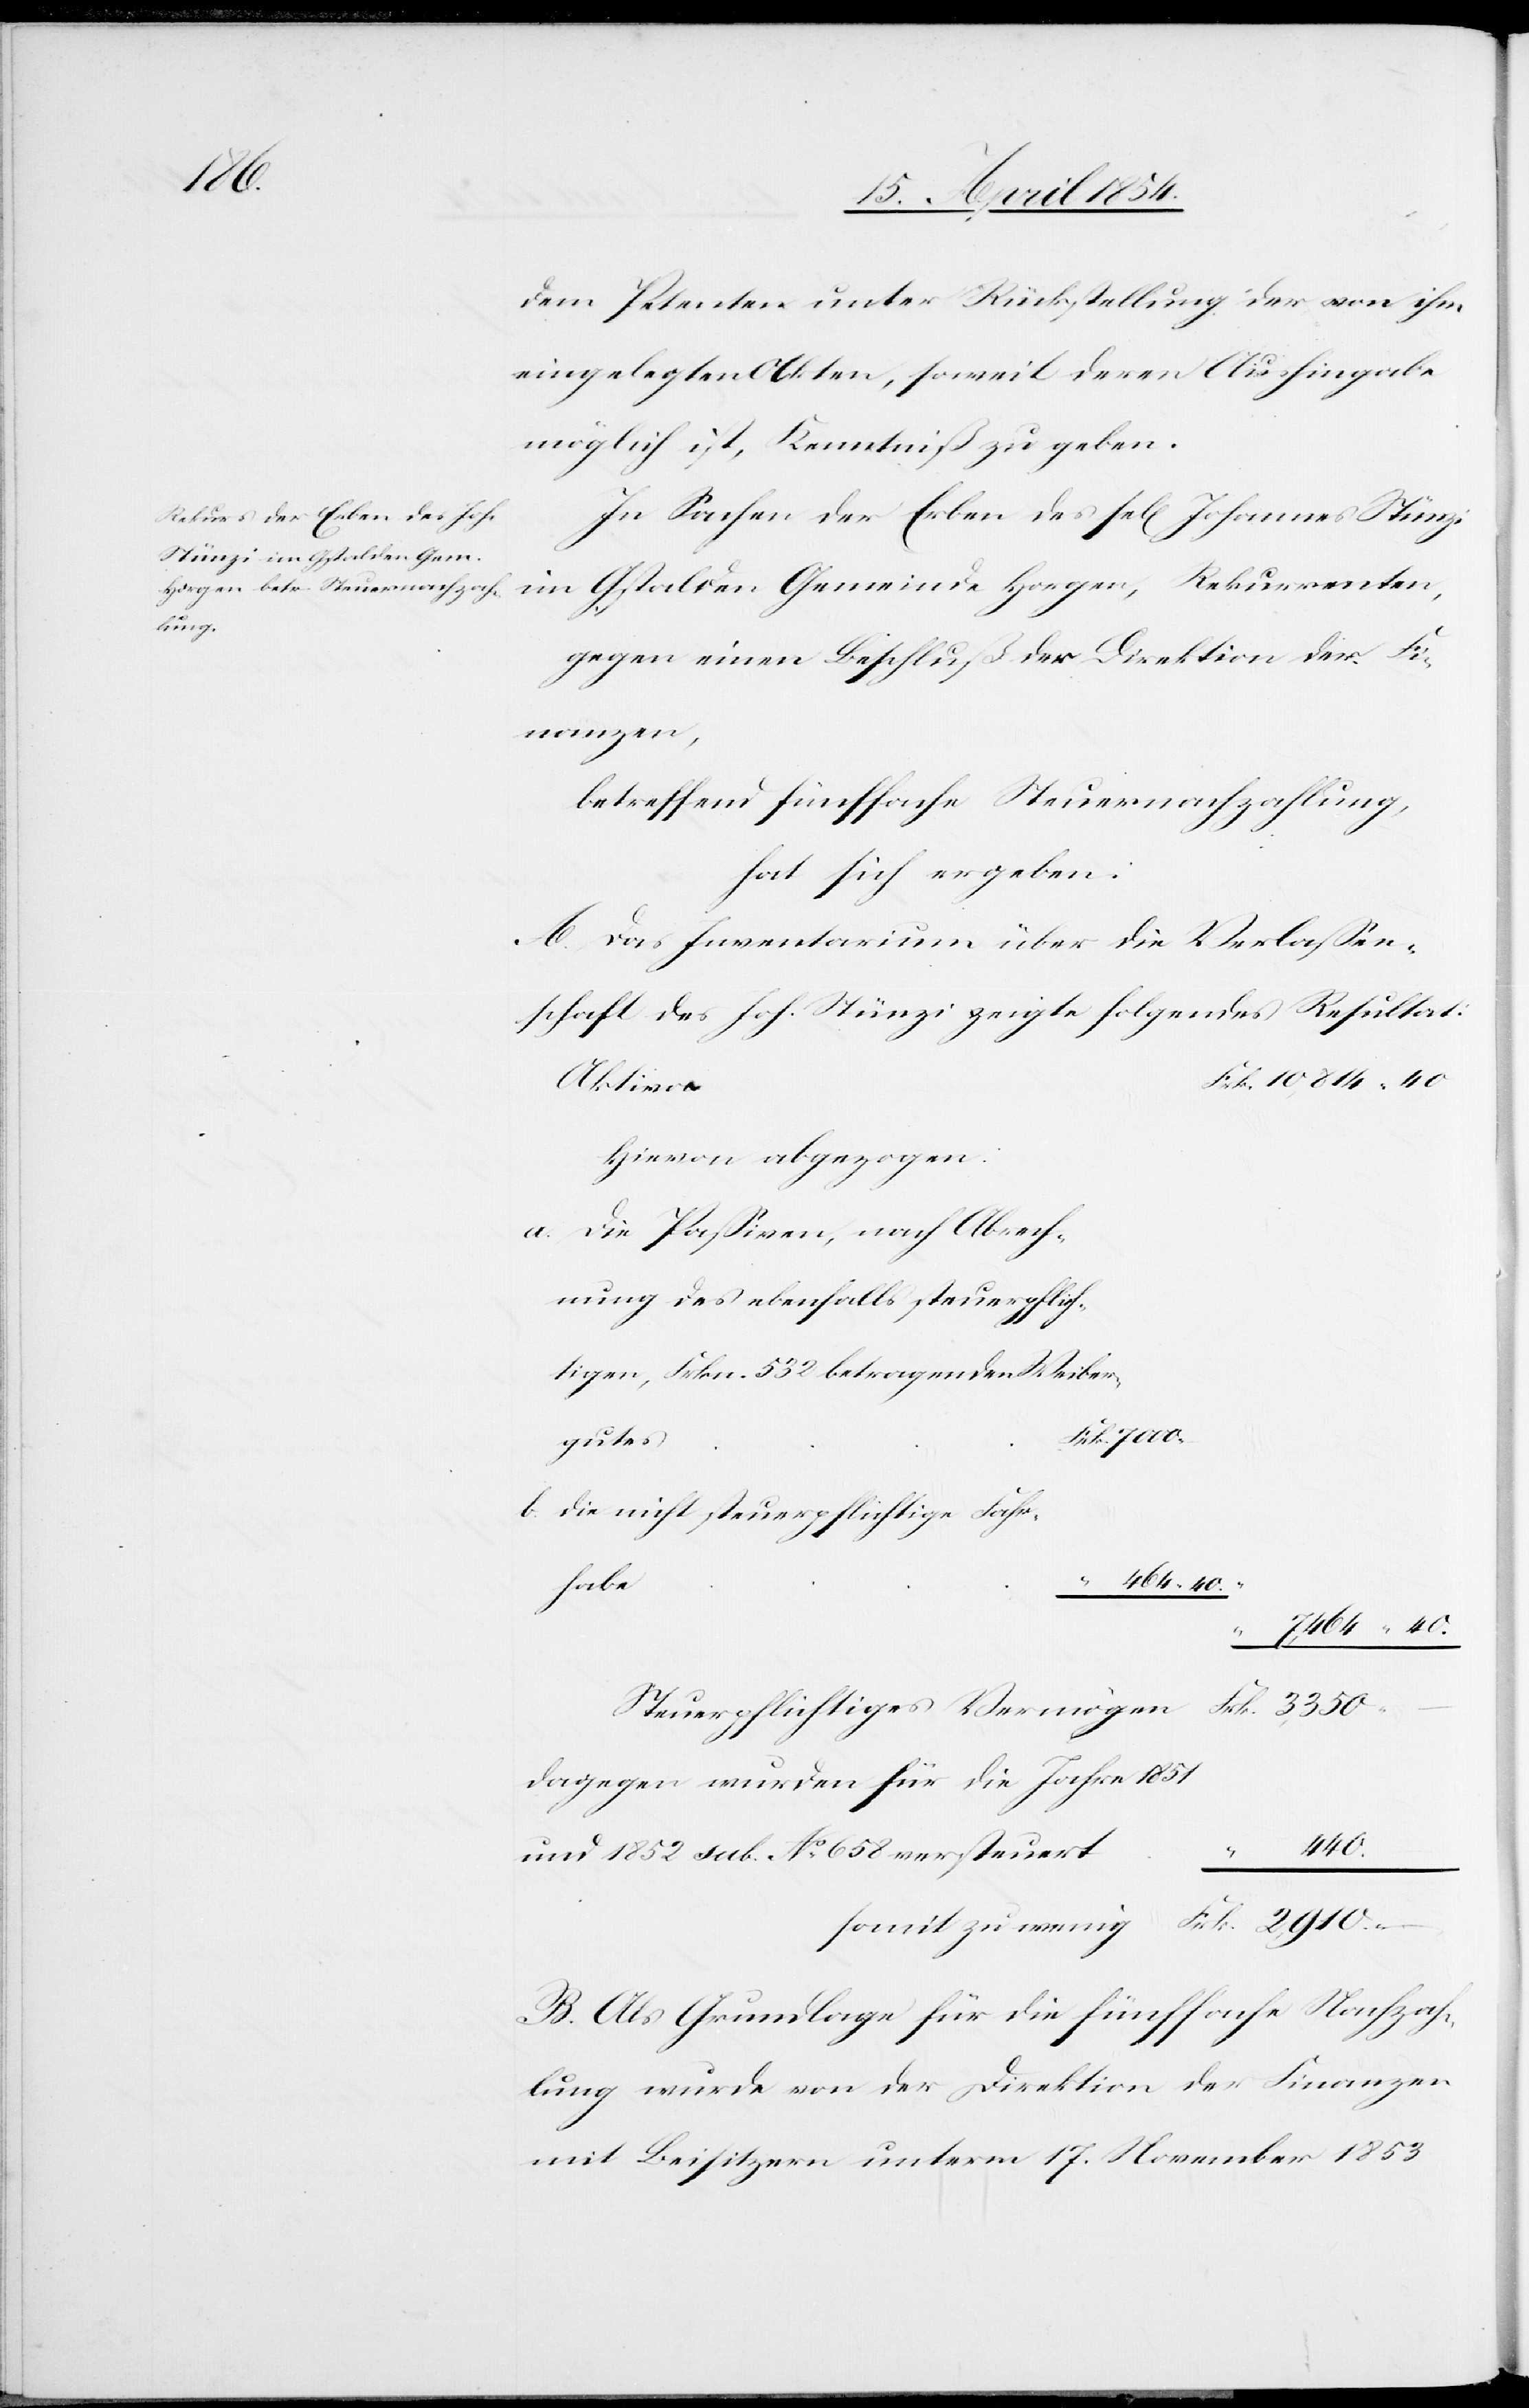
7000.

dem Petenten unter Rückstellung der von ihm
eingelegten Akten, soweit deren Aushingabe
möglich ist, Kenntniß zu geben.
In Sachen der Erben des sel[igen] Joannes Stünzi
im Gstalden Gemeinde Horgen, Rekurrenten,
gegen einen Beschluß der Direktion der Fi¬
nanzen,
betreffend fünffache Steuerzahlung,
hat sich ergeben:
A. Das Inventarium über die Verlaßen¬
schaft des Joh. Stünzi zeigte folgendes Resultat:
Aktiva
Hievon abgezogen:
Die Paßiven, nach Abrech¬
nung des ebenfalls steuerpflich¬
tigen, Frkn. 532 betragenden Weiber¬
gutes
Die nicht steuerpflichtige Fahr¬
habe
464.40.
“
7,464 “ 40.
Dagegen wurden für die Jahre 1851
440.
und 1852 sub No 658 versteuert
“
somit zu wenig
B. Als Grundlage für die fünffache Nachzah¬
lung wurde von der Direktion der Finanzen
mit Besitzern unterm 17. November 1853